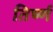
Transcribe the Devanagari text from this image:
तिर्ष्ण